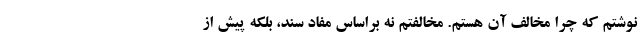
نوشتم که چرا مخالف آن هستم. مخالفتم نه براساس مفاد سند، بلکه پیش از